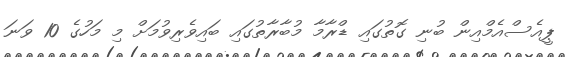
ޕީއެސްއެމްއިން ބުނި ގޮތުގައި ޑްރާމާ މުބާރާތުގައި ބައިވެރިވުމަށް މި މަހުގެ 10 ވަނަ